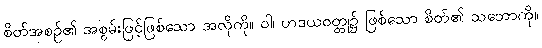
စိတ်အစဉ်၏ အစွမ်းဖြင့်ဖြစ်သော အလိုကို။ ဝါ၊ ဟဒယဝတ္ထု၌ ဖြစ်သော စိတ်၏ သဘောကို။